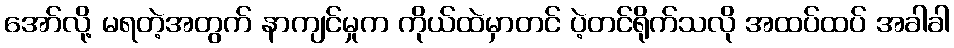
အော်လို့ မရတဲ့အတွက် နာကျင်မှုက ကိုယ်ထဲမှာတင် ပဲ့တင်ရိုက်သလို အထပ်ထပ် အခါခါ